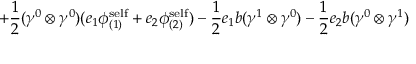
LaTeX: + \frac { 1 } { 2 } ( { \gamma } ^ { 0 } \otimes { \gamma } ^ { 0 } ) ( e _ { 1 } { \phi } _ { ( 1 ) } ^ { \mathrm { s e l f } } + e _ { 2 } { \phi } _ { ( 2 ) } ^ { \mathrm { s e l f } } ) - \frac { 1 } { 2 } e _ { 1 } b ( { \gamma } ^ { 1 } \otimes { \gamma } ^ { 0 } ) - \frac { 1 } { 2 } e _ { 2 } b ( { \gamma } ^ { 0 } \otimes { \gamma } ^ { 1 } )